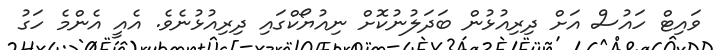
ވައިޓް ހައުސް އަށް ދިރިއުޅުން ބަދަލުނުކޮށް ނިއުޔޯކްގައި ދިރިއުޅުނެވެ. އެއީ އެންމެ ހަގު